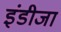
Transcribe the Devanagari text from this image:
इंडीजा